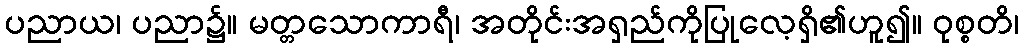
ပညာယ၊ ပညာ၌။ မတ္တသောကာရီ၊ အတိုင်းအရှည်ကိုပြုလေ့ရှိ၏ဟူ၍။ ဝုစ္စတိ၊